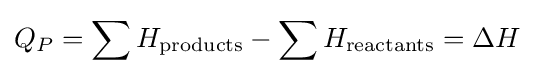
Q_{P}=\sum H_{\text{products}}-\sum H_{\text{reactants}}=\Delta H